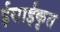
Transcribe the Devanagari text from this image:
ईसाईकृत